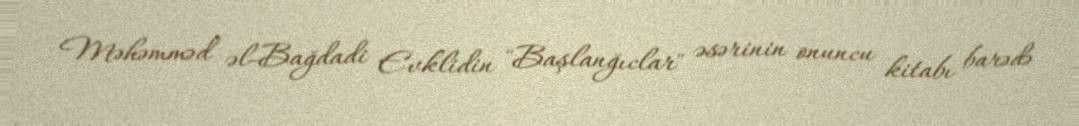
Məhəmməd əl-Bağdadi Evklidin "Başlanğıclar" əsərinin onuncu kitabı barədə